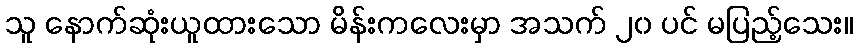
သူ နောက်ဆုံးယူထားသော မိန်းကလေးမှာ အသက် ၂၀ ပင် မပြည့်သေး။